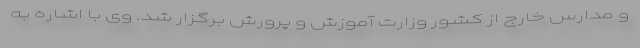
و مدارس خارج از کشور وزارت آموزش و پرورش برگزار شد. وی با اشاره به